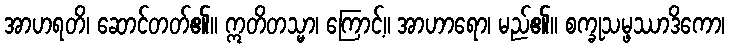
အာဟရတိ၊ ဆောင်တတ်၏။ ဣတိတသ္မာ၊ ကြောင့်။ အာဟာရော၊ မည်၏။ စက္ခုသမ္ဖဿာဒိကော၊